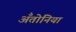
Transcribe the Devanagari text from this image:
अँतोनिया